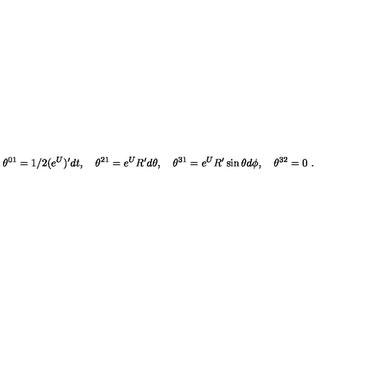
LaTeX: \theta ^ { 0 1 } = 1 / 2 ( e ^ { U } ) ^ { \prime } d t , \quad \theta ^ { 2 1 } = e ^ { U } R ^ { \prime } d \theta , \quad \theta ^ { 3 1 } = e ^ { U } R ^ { \prime } \sin \theta d \phi , \quad \theta ^ { 3 2 } = 0 \ .